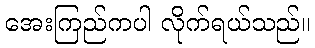
အေးကြည်ကပါ လိုက်ရယ်သည်။